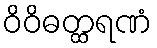
ဝိဝိဓတ္ထရဏံ